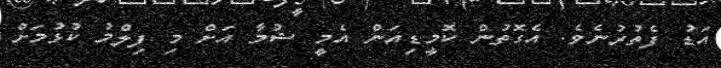
އަޑު ފެތުރުނެވެ. އެގޮތުން ކޮމީޑިއަން އެމީ ޝުމާ އަށް މި ފިލްމު ކުޅުމަށް